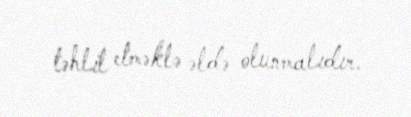
təhlil etməklə əldə olunmalıdır.